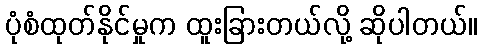
ပုံစံထုတ်နိုင်မှုက ထူးခြားတယ်လို့ ဆိုပါတယ်။